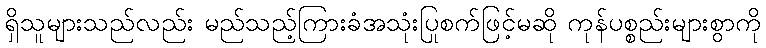
ရှိသူများသည်လည်း မည်သည့်ကြားခံအသုံးပြုစက်ဖြင့်မဆို ကုန်ပစ္စည်းများစွာကို